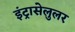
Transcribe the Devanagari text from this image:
इंट्रासेलुलर